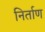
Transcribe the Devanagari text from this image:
निर्ताण